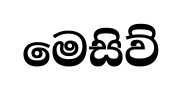
මෙසිව්